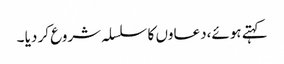
کہتے ہوئے،دعاوں کا سلسلہ شروع کر دیا ۔